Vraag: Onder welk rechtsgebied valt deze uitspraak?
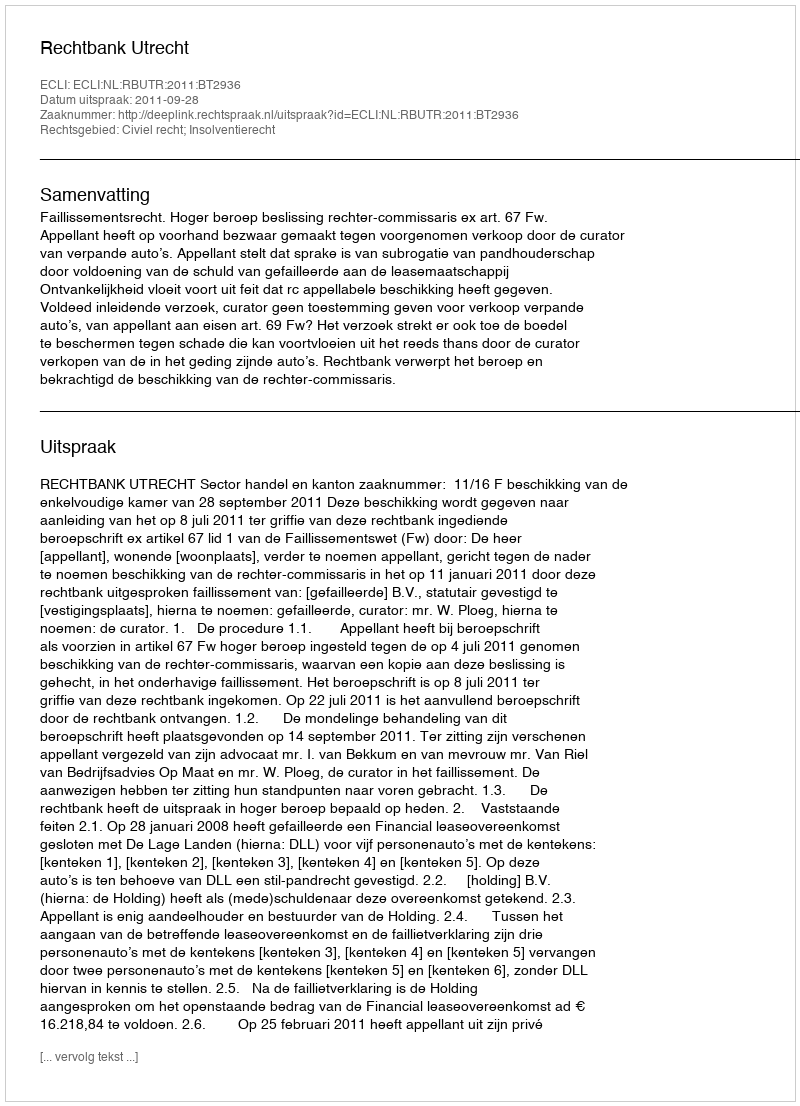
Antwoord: Civiel recht; Insolventierecht